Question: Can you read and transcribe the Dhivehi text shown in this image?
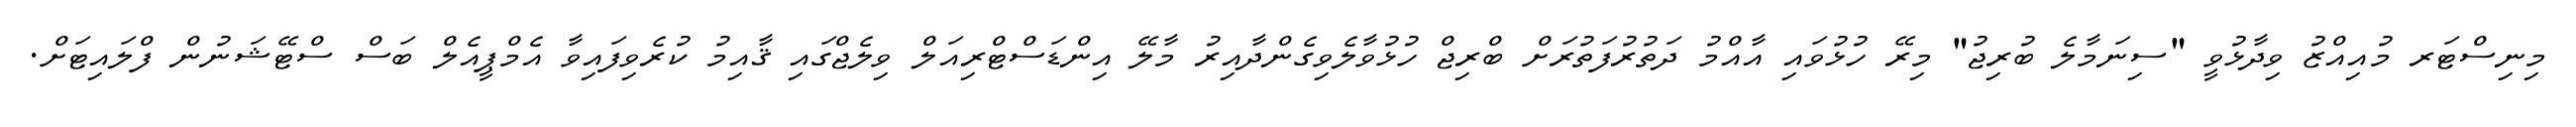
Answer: މިނިސްޓަރ މުއިއްޒު ވިދާޅުވީ "ސިނަމާލެ ބުރިޖު" މިރޭ ހުޅުވައި އާއްމު ދަތުރުފަތުރަށް ބްރިޖް ހުޅުވާލެވިގެންދާއިރު މާލޭ އިންޑަސްޓްރިއަލް ވިލެޖްގައި ޤާއިމު ކުރެވިފައިވާ އެމްޕީއެލް ބަސް ސްޓޭޝަނުން ފްލައިޓަށް.